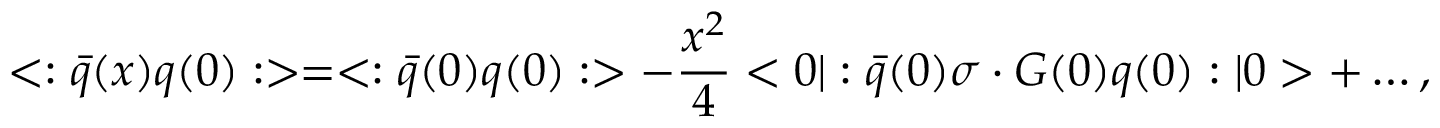
< : \bar { q } ( x ) q ( 0 ) : > = < : \bar { q } ( 0 ) q ( 0 ) : > - \frac { x ^ { 2 } } { 4 } < 0 | : \bar { q } ( 0 ) \sigma \cdot G ( 0 ) q ( 0 ) : | 0 > + \dots ,